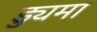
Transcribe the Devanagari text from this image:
ड्युमा